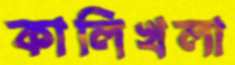
কালিখলা